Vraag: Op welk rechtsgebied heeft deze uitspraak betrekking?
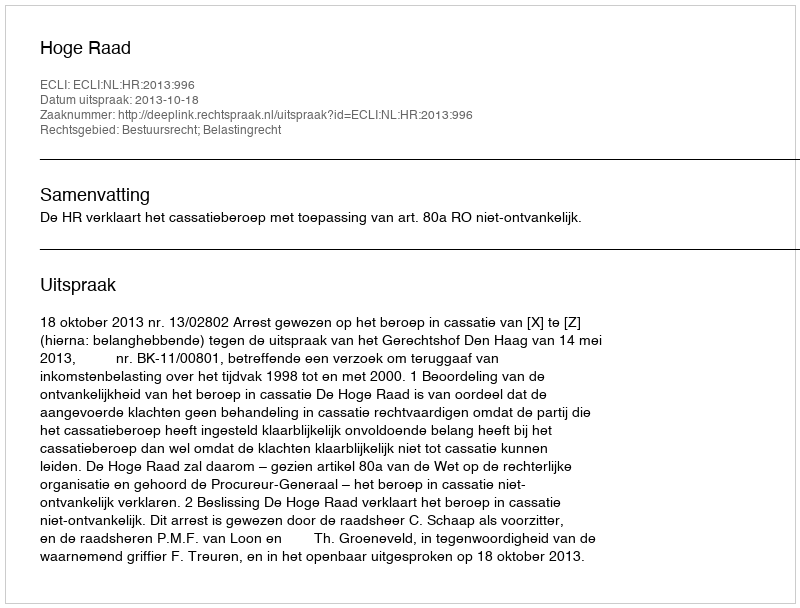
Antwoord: Bestuursrecht; Belastingrecht